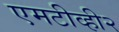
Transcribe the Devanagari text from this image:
एमटीव्ही२